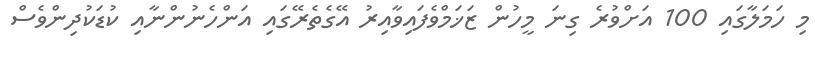
މި ހަމަލާގައި 100 އަށްވުރެ ގިނަ މީހުން ޒަޚަމްވެފައިވާއިރު އޭގެތެރޭގައި އަންހެނުންނާއި ކުޑަކުދިންވެސް